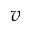
v